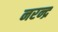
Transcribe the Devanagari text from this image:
नरन्द्र